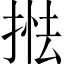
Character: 𢯖